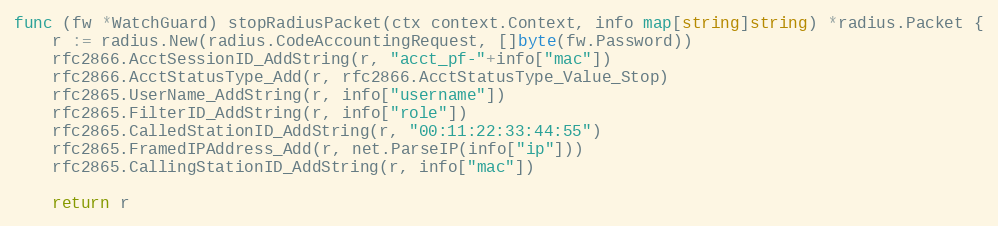
Language: Go
func (fw *WatchGuard) stopRadiusPacket(ctx context.Context, info map[string]string) *radius.Packet {
	r := radius.New(radius.CodeAccountingRequest, []byte(fw.Password))
	rfc2866.AcctSessionID_AddString(r, "acct_pf-"+info["mac"])
	rfc2866.AcctStatusType_Add(r, rfc2866.AcctStatusType_Value_Stop)
	rfc2865.UserName_AddString(r, info["username"])
	rfc2865.FilterID_AddString(r, info["role"])
	rfc2865.CalledStationID_AddString(r, "00:11:22:33:44:55")
	rfc2865.FramedIPAddress_Add(r, net.ParseIP(info["ip"]))
	rfc2865.CallingStationID_AddString(r, info["mac"])

	return r